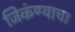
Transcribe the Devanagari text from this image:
जिकंण्याचा